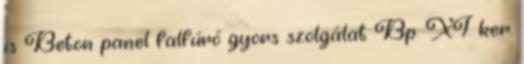
is Beton panel falfúró gyors szolgálat Bp. XI. ker.